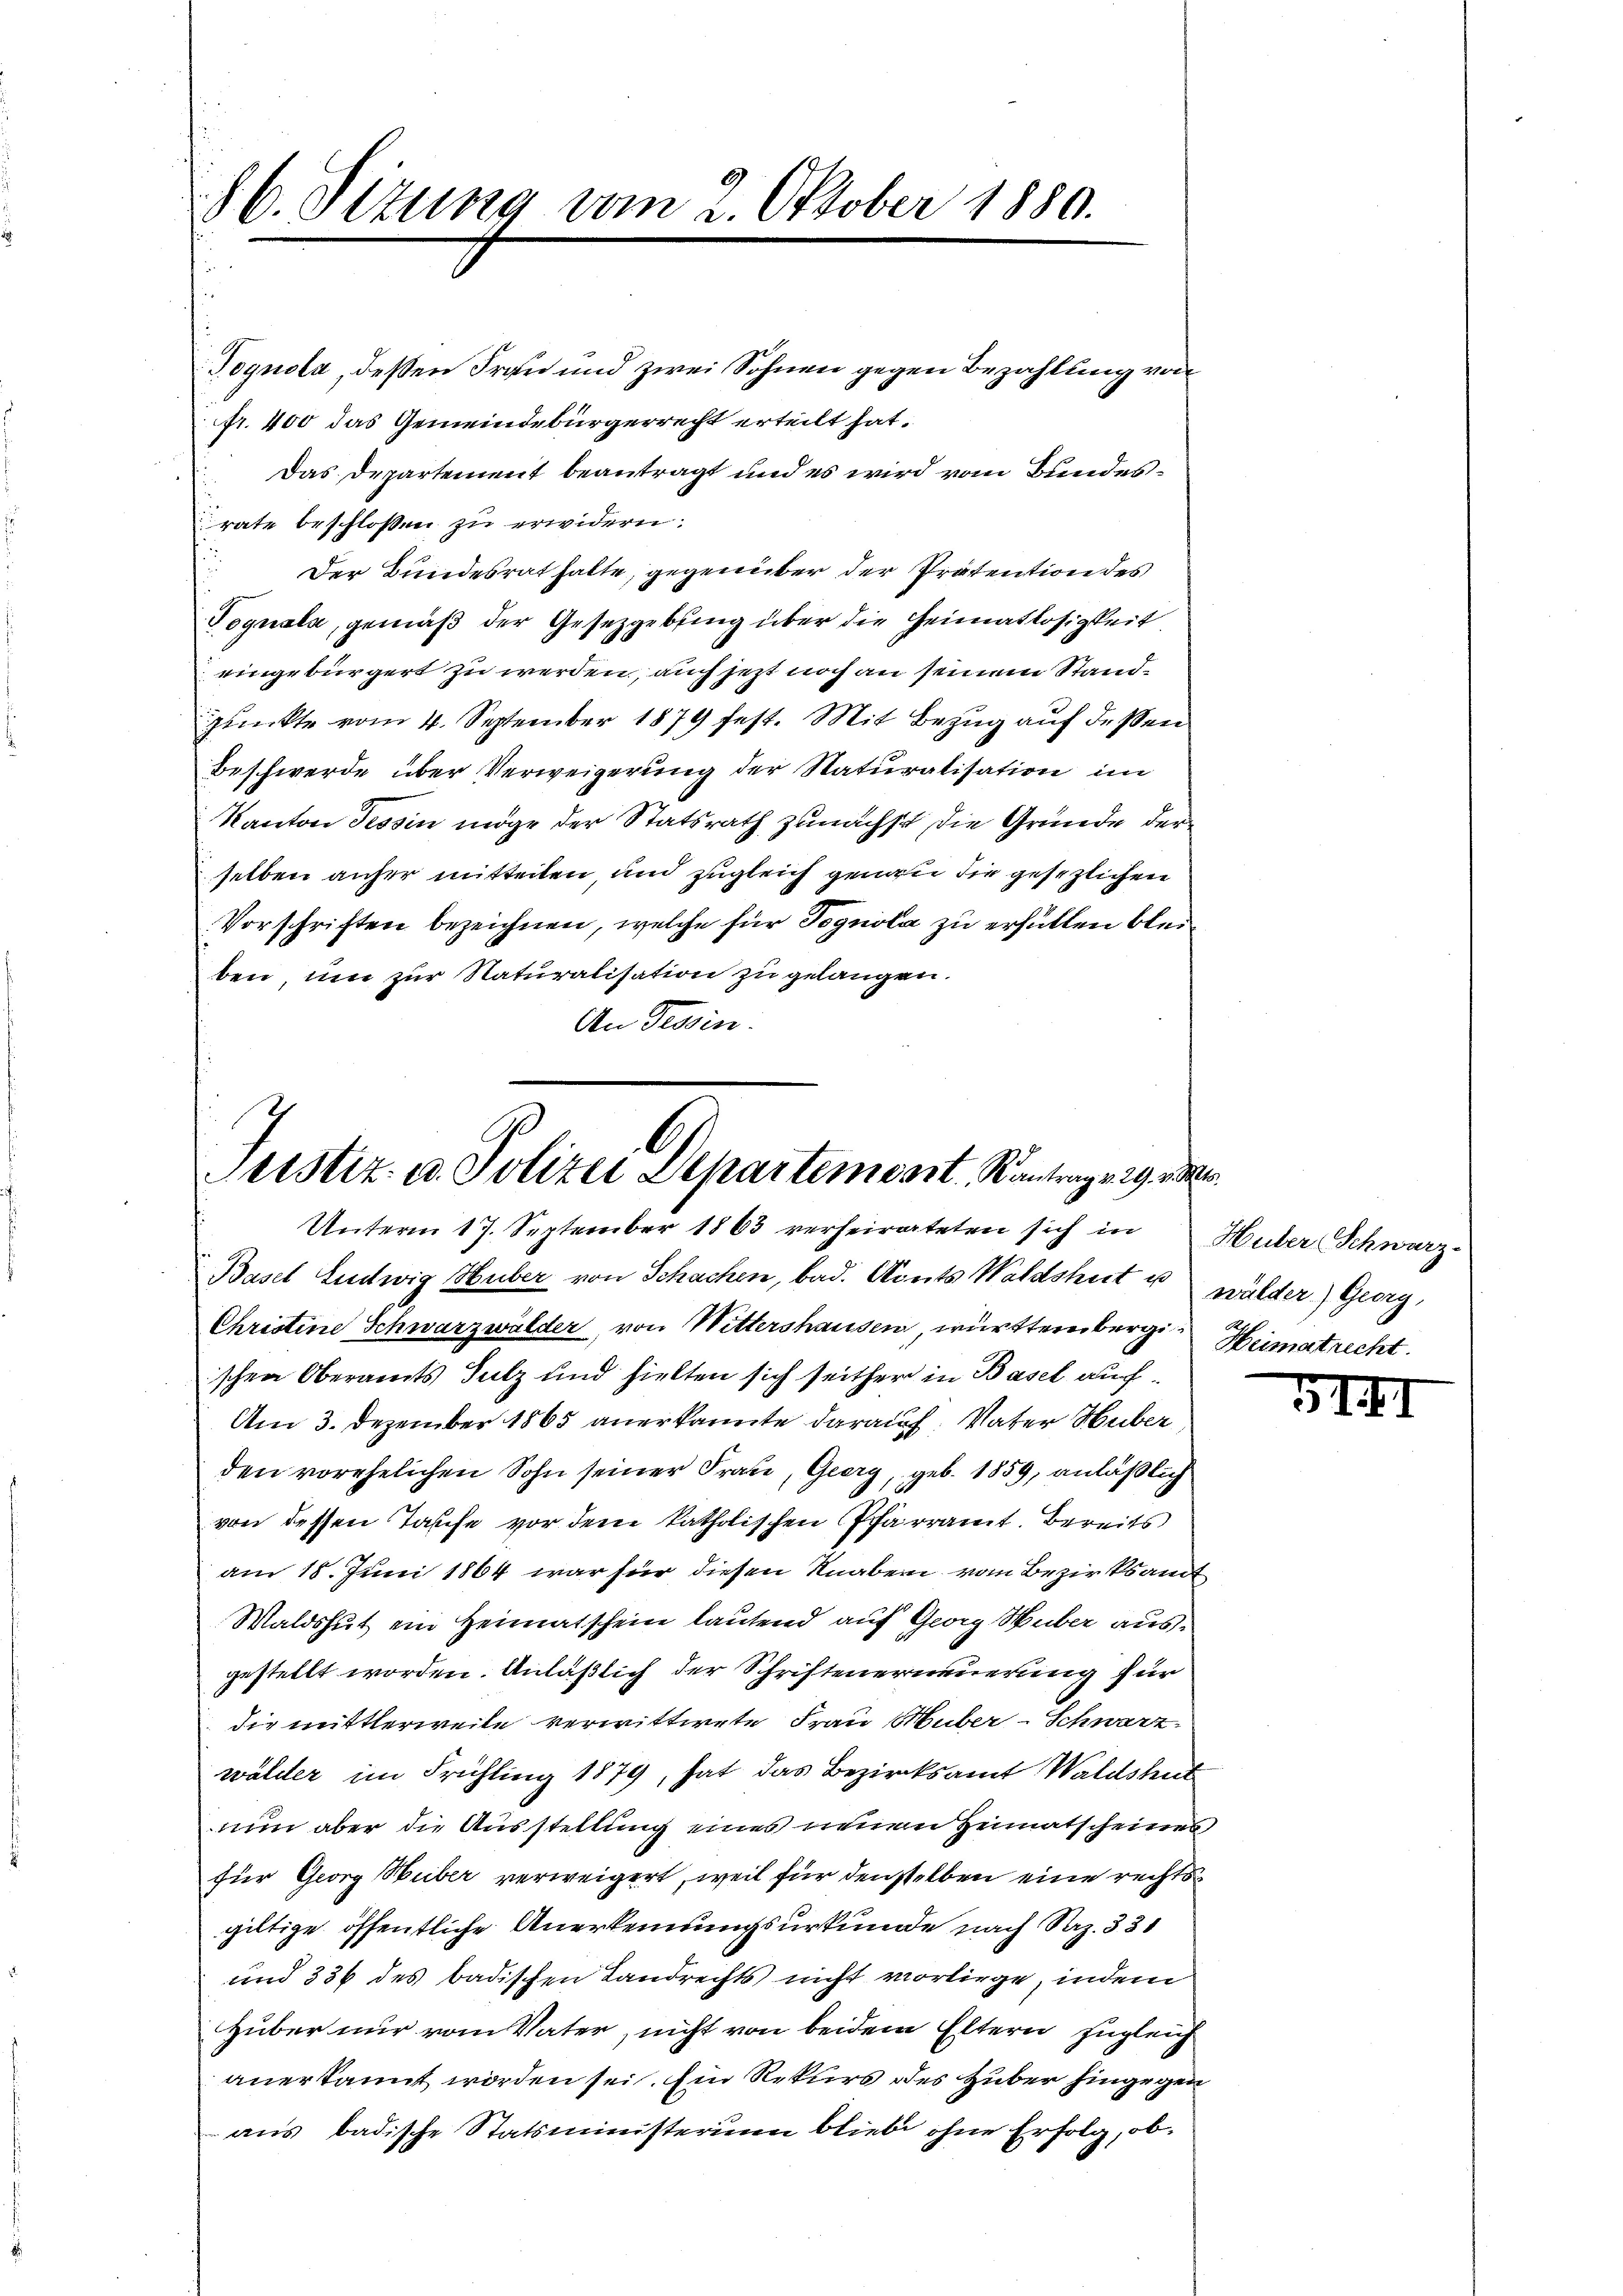
86. Setzung vom 2. Oktober 1880.

Tognola, deßen Frau und zwei Söhnen gegen Bezahlung von
fr. 400 das Gemeindebürgerrecht erteilt hat.
Das Departement beantragt und es wird vom Bundesrate beschlossen zu erwidern.
 Der Bundesrat halte, gegenüber der Präsention des
Toguala, gemäß der Gesetzgebung über die Heimatlosigkeit
eingebürgert zu werden, auch jezt noch an seinem Standplückte vom 4. September 1879 fest. Mit Bezug auf dessen
Beschwerde über Verweigerung der Naturalisation im
Kanton Tessin möge der Statsrath zunächst die Gründe der
selben anher mitteilen, und zugleich genau die gesezlichen
Vorschriften bezeichnen, welche für Pognola zu erfüllen bleiben, um zur Naturalisation zu gelangen.
An Tessin.

.
Pristiz- u. Polizei Departembert, Kantrag v. 29. 23.
Unterm 17. September 1863 verheirateten sich in Huber Schwarz-

Basel Entwig Huber von Schachen, bad. Adets Waldshut u. wälder) Georg,
Christine Schwarzwalder, von Wittershausen, württernberg Heimatrecht.
ischen Oberamts Salz und hielten sich seither in Basel auch
Am 3. Dezember 1865 anerkannte darauf. Vater Huber
den vorehelichen Sohn seiner Frau, Geerg, geb. 1859, anläßlich
von dessen Taufe vor dem katholischen Pfarramt Bereits
am 18. Juni 1864 war für diesen Knaben vom Bezirksamt
Waldshut ein Heimatschein lautend auf Georg Weber ausgestellt worden. Anläßlich der Schriftenerneuerung für
die mittlerweile verwittwete Frau Huber-Schwarz
wälder im Frühling 1879, hat das Bezirksamt Waldshut
nun aber die Ausstellung eines neuen Heimatscheines
für Georg Huber verweigert, weil für denselben eine rechtsgiltige öffentliche Anerkennungsurkunde nach Satz. 331
und 336 des badischen Landrechts nicht vorliege, indem
Huber nur vom Vater, nicht von beidem Eltern zugleich
anerkannt worden sei. Ein Rekurs des Huber hingegen
aus badische Statsministerium bliebe ohne Erfolg, ob

5II